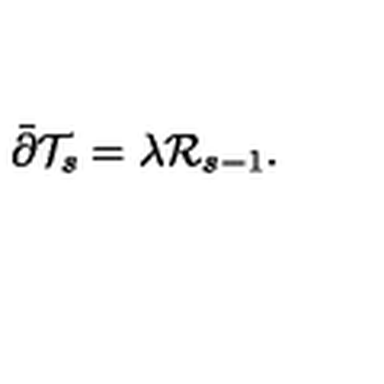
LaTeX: \bar { \partial } \mathcal { T } _ { s } = \lambda \mathcal { R } _ { s - 1 } .